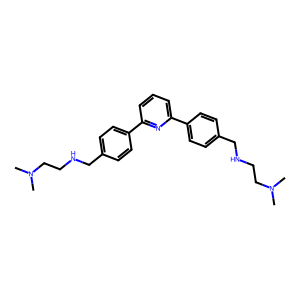
SMILES: CN(C)CCNCc1ccc(-c2cccc(-c3ccc(CNCCN(C)C)cc3)n2)cc1
Inhibits HIV replication: Yes